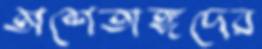
অশেতাঙ্গদের